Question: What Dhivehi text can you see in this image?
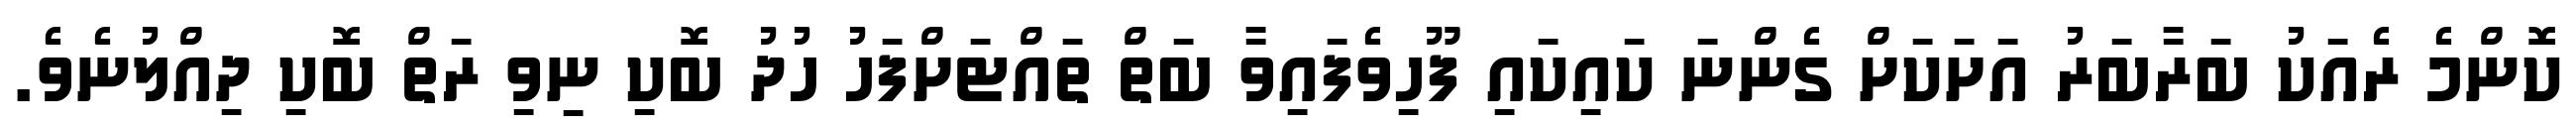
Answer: ކޮންމެ ރެއަކު ބަރާބަރު އަށަކަށް ގެންނަ ކައިކައި ފޫހިވެފައިވާ ބަތް ތައްޓަށްފަހު ހުދު ބޮކި ނިވި ރަތް ބޮކި ދިއްލުނެވެ.